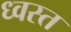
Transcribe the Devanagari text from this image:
ध्वस्‍त